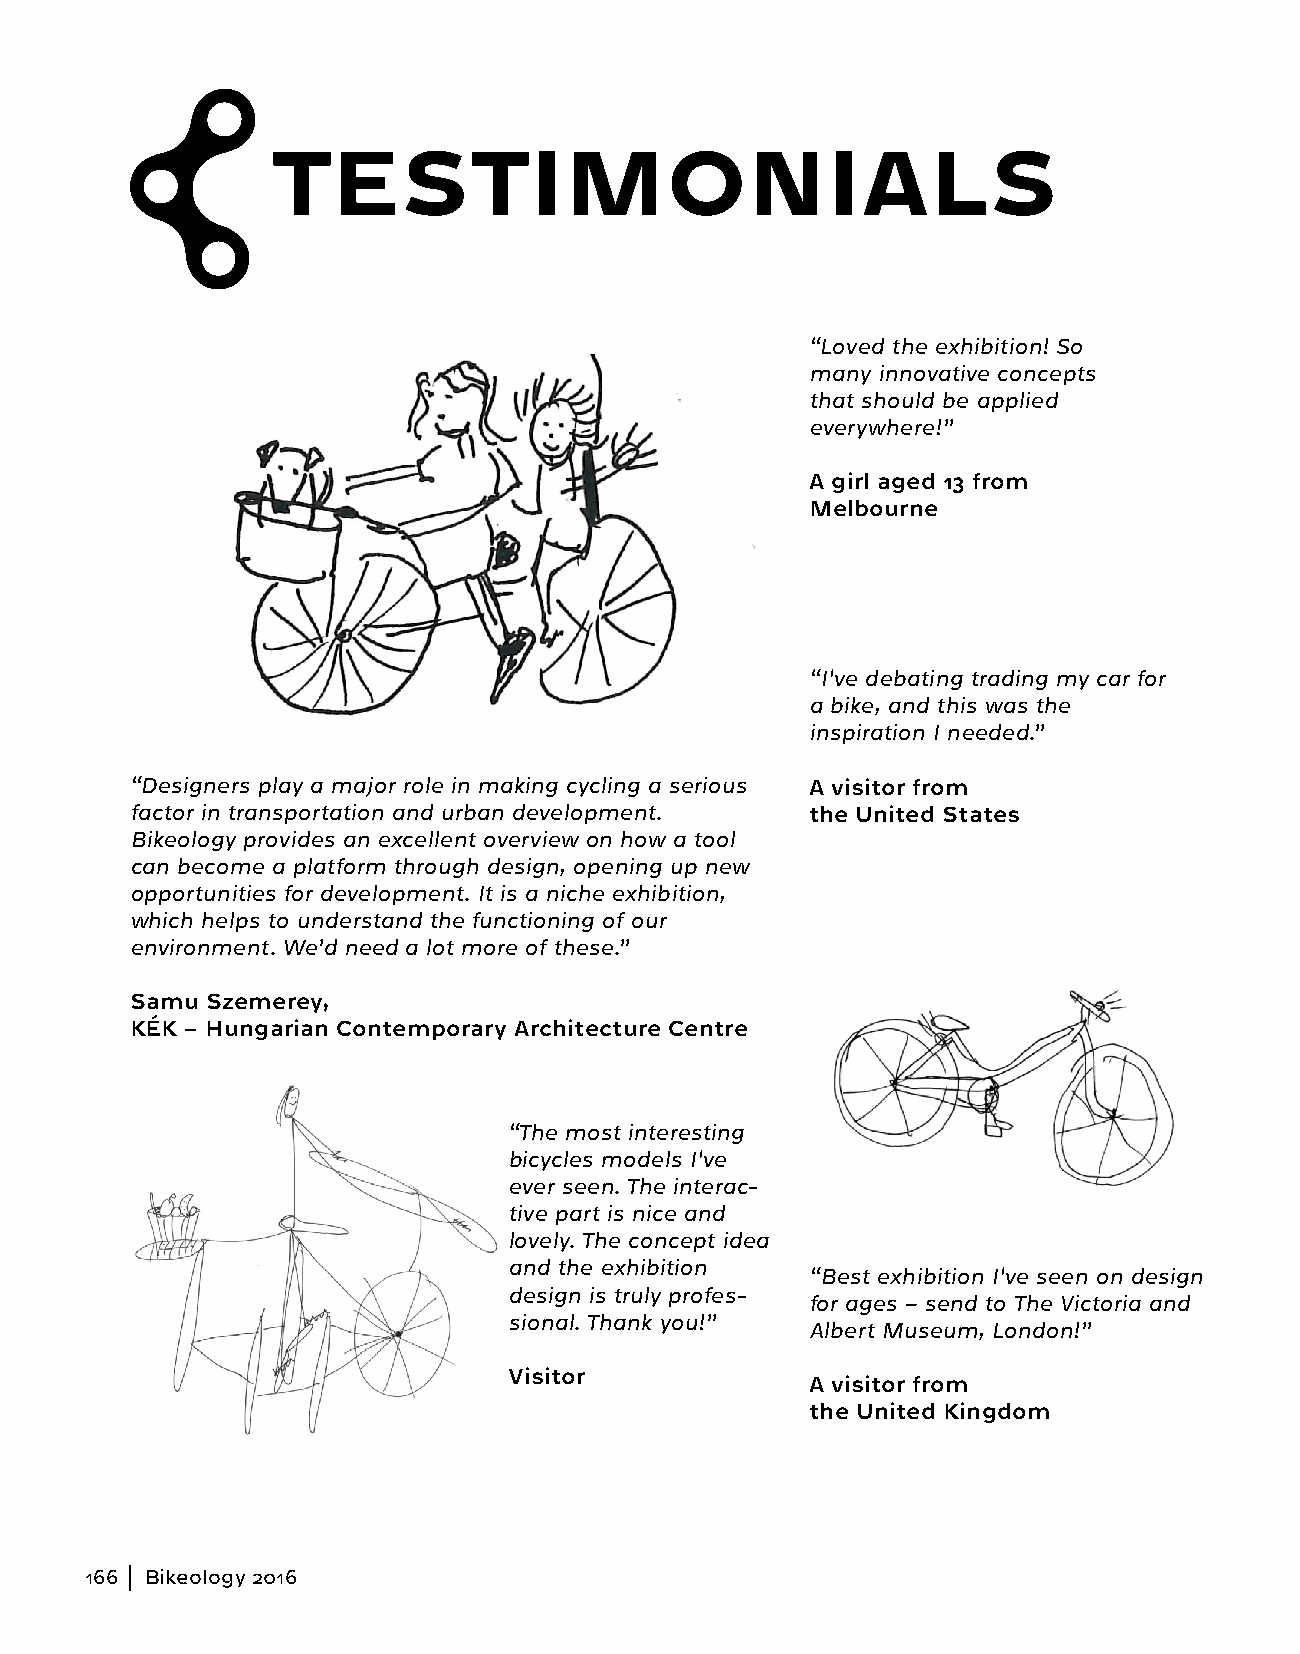
TESTIMONIALS
 “Loved the exhibition! So
 many innovative concepts
 that should be applied
 everywhere!”
 A girl aged 13 from
 Melbourne
 “I've debating trading my car for
 a bike, and this was the
 inspiration I needed.”
 “Designers play a major role in making cycling a serious A visitor from
 factor in transportation and urban development. the United States
 Bikeology provides an excellent overview on how a tool
 can become a platform through design, opening up new
 opportunities for development. It is a niche exhibition,
 which helps to understand the functioning of our
 environment. We’d need a lot more of these.”
 Samu Szemerey,
 KÉK – Hungarian Contemporary Architecture Centre
 “The most interesting
 bicycles models I've
 ever seen. The interac-
 tive part is nice and
 lovely. The concept idea
 and the exhibition
 “Best exhibition I've seen on design
 design is truly profes-
 for ages – send to The Victoria and
 sional. Thank you!”
 Albert Museum, London!”
 Visitor
 A visitor from
 the United Kingdom
 166 Bikeology 2016